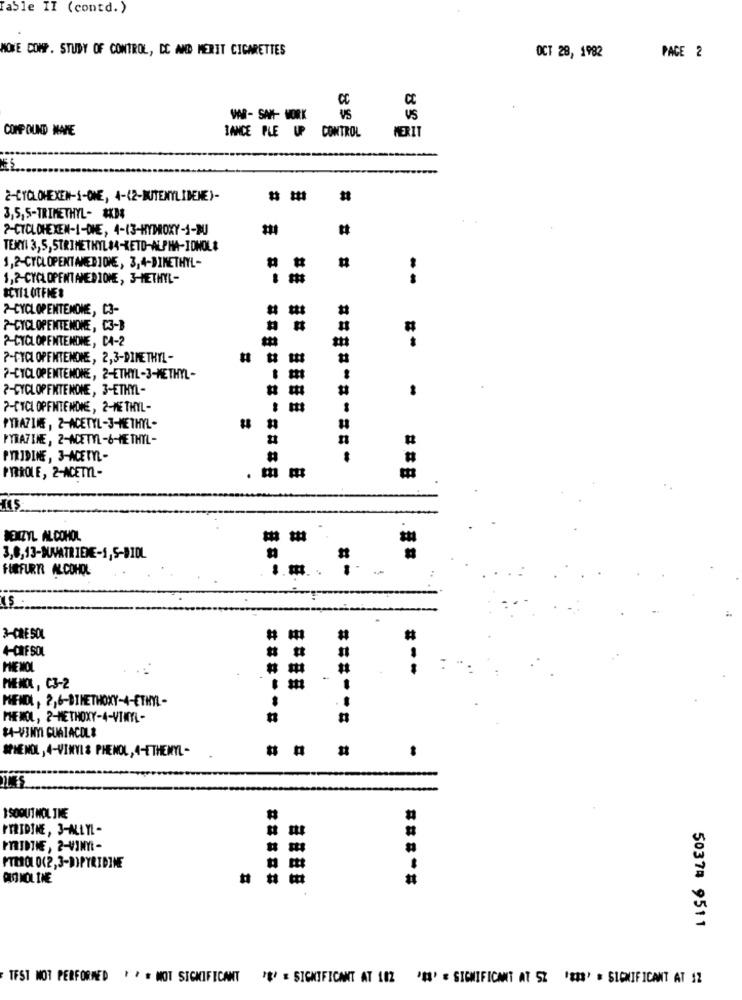
Fable II (contd. )
MOVE COMP. STUDY OF CONTROL, CC AND MERIT CIGARETTES
OCT 28, 1982
PAGE 2
CC
US
VAR- SAM- WORK
VS
COMP OUND WANE
IANCE PLE UP CONTROL
MERIT
2-CYCLOHEXEN-1-ONE, 4-(2-MITENYLIBENE)-
3,5,5-TRIMETHYL- ****
7-CYCLOHEXEN-1-DHE, 4-13-HYDROXY-1-BU
TEXTI 3,5,5TRIMETHYL#4-KETO-ALPHA-IDNOL&
1,2-CYCLOPENTMED]ONE, 3,4-DIMETHYL-
1,2-CYCLOPENT AMEDIOME, 3-METHYL-
--
SCTIL OTFHES
7-CYCLOPENTEMONE, C3-
7-CYCLOPENTEMONE, C3-B
?- CYCLOPENTENDNE, CA-2
?- CYCLOPENTENONE, 2,3-DIMETHYL-
?- CYCLOPENTENONE, 2-ETHYL-3-METHYL-
?- CYCLOPFKTENONE, 3-ETHYL-
7-CYCL OPFNTENDIE, 2-ME THYL-
PYRAZINE , Z-ACETYL-3-METHYL-
PYRAZINE, 2-ACETYL-6-METHYL-
PYRIDINE , 3-ACETYL-
======-==-
PIEROLE, 2-ACETIL-
. - m
115
BENZYL ALCOHOL
3,8,13-NIVATRIENE-1,5-DIOL
FIFURIR ALCOHOL
3-CRESOL
4-CIE SOL
PIE MOL
#
#
=--
MENX, C3-2
MENDI, 2,6-DIMETHOXY-4-ETHYL -
PHENOL, 2-METHOXY-4-VINYL-
$4-VINYL GUAIACOLE
SPHENOL , 4-VINYL & PHENOL, 4-ETHENYL-
-
ISOBUT HOL THE
PERIDINE, 3-ALLYL-
PRIDIE, 2-41MMYI-
PTROL 0(2,3-D)PYRIDINE
OUO MOL INE
#
50374 9511
TEST NOT PERFORMED . * = NOT SIGNIFICANT ** ' = SIGNIFICANT AT 10Z '3' = SIGNIFICANT AT SZ '&##' . SIGNIFICANT AT 12